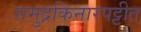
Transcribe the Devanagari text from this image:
समुद्रकिनारपट्टीत